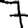
Digit: 7